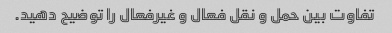
تفاوت بین حمل و نقل فعال و غیرفعال را توضیح دهید.